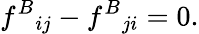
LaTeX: f^{B}{}_{ij}-f^{B}{}_{ji}=0.